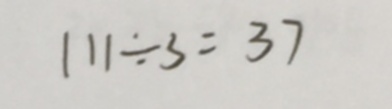
1 1 1 \div 3 = 3 7